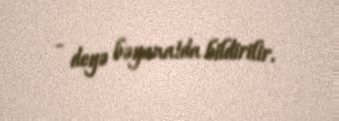
- deyə bəyanatda bildirilir.